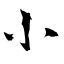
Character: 小